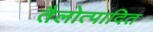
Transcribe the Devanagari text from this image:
तैलोत्पादित